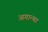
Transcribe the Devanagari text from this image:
अगान्था